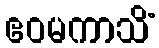
ဧဝမကာသိံ